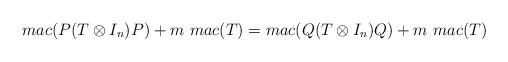
LaTeX: \begin{align*}mac(P(T \otimes I_n)P) + m\ mac(T) = mac(Q(T \otimes I_n)Q) + m\ mac(T)\end{align*}